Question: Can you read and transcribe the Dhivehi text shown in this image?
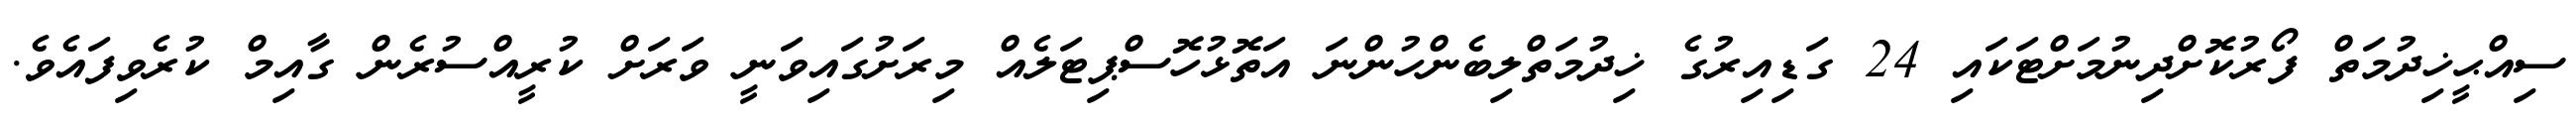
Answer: ސިއްޙީޚިދުމަތް ފޯރުކޮށްދިނުމަށްޓަކައި 24 ގަޑިއިރުގެ ޚިދުމަތްލިބެންހުންނަ އަތޮޅުހޮސްޕިޓަލެއް މިރަށުގައިވަނީ ވަރަށް ކުރީއްސުރެން ގާއިމް ކުރެވިފައެވެ.